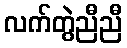
လက်တွဲညီညီ